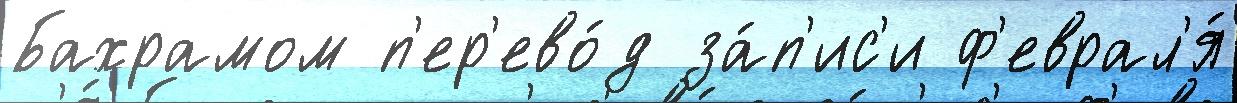
Бахрамом п'ер'ево́д за́п'ис'и ф'еврал'я́